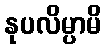
နုပလိမ္ပာမိ